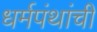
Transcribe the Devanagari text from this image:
धर्मपंथांचीं